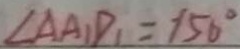
\angle A A _ { 1 } D _ { 1 } = 1 5 0 ^ { \circ }